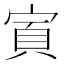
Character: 𫳜